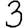
Digit: 3